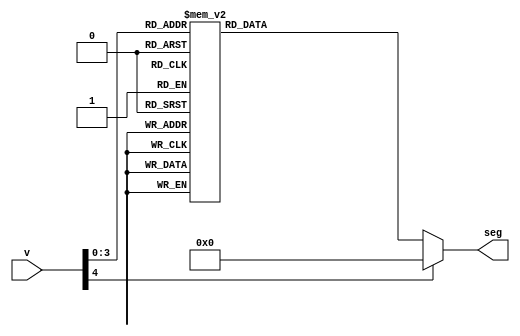
`timescale 1ns / 1ps
//////////////////////////////////////////////////////////////////////////////////
// Company: 
// Engineer: 
// 
// Design Name: 
// Module Name: BCD_Decoder
// Project Name: 
// Target Devices: 
// Tool Versions: 
// Description: Takes a 4-bit input and outputs the segment combination for an seven segment display
// 
// Dependencies: 
// 
// Revision:
// Revision 0.01 - File Created
// Additional Comments:
// 
//////////////////////////////////////////////////////////////////////////////////


module BCD_Decoder(
    input [4:0] v,
    output reg [6:0] seg
);

always @(v) begin
    case(v)
        0: seg = 7'b0111111;
        1: seg = 7'b0000110;
        2: seg = 7'b1011011;
        3: seg = 7'b1001111;
        4: seg = 7'b1100110;
        5: seg = 7'b1101101;
        6: seg = 7'b1111101;
        7: seg = 7'b0000111;
        8: seg = 7'b1111111;
        9: seg = 7'b1101111;
        default: seg = 7'b0000000;
    endcase
end

endmodule